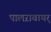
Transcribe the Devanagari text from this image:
पालऱावायर्